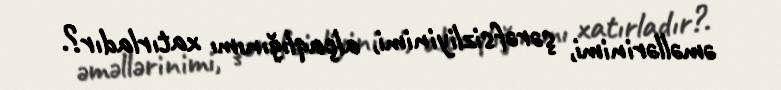
əməllərinimi, şərəfsizliyinimi, alçaqlığınımı xatırladır?.